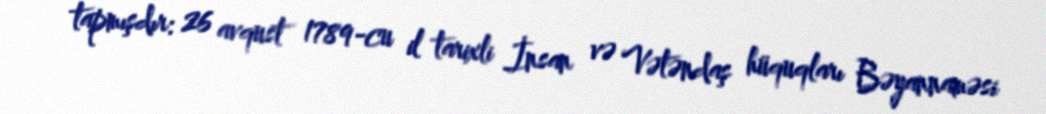
tapmışdır: 26 avqust 1789-cu il tarixli İnsan və Vətəndaş hüquqları Bəyannaməsi